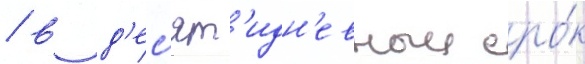
/ в д'ес'ят'идн'евныи сро́к